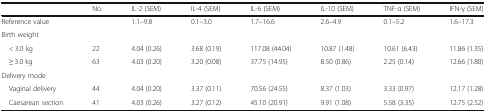
<table><thead><tr><td></td><td><b>No.</b></td><td><b>IL-2 (SEM)</b></td><td><b>IL-4 (SEM)</b></td><td><b>IL-6 (SEM)</b></td><td><b>IL-10 (SEM)</b></td><td><b>TNF-α (SEM)</b></td><td><b>IFN-γ (SEM)</b></td></tr></thead><tbody><tr><td>Reference value</td><td></td><td>1.1–9.8</td><td>0.1–3.0</td><td>1.7–16.6</td><td>2.6–4.9</td><td>0.1–5.2</td><td>1.6–17.3</td></tr><tr><td colspan="8">Birth weight</td></tr><tr><td> &lt; 3.0 kg</td><td>22</td><td>4.04 (0.26)</td><td>3.68 (0.19)</td><td>117.08 (44.04)</td><td>10.87 (1.48)</td><td>10.61 (6.43)</td><td>11.86 (1.35)</td></tr><tr><td> ≥ 3.0 kg</td><td>63</td><td>4.03 (0.20)</td><td>3.20 (0.08)</td><td>37.75 (14.95)</td><td>8.50 (0.86)</td><td>2.25 (0.14)</td><td>12.66 (1.80)</td></tr><tr><td colspan="8">Delivery mode</td></tr><tr><td> Vaginal delivery</td><td>44</td><td>4.04 (0.20)</td><td>3.37 (0.11)</td><td>70.56 (24.55)</td><td>8.37 (1.03)</td><td>3.33 (0.97)</td><td>12.17 (1.28)</td></tr><tr><td> Caesarean section</td><td>41</td><td>4.03 (0.26)</td><td>3.27 (0.12)</td><td>45.10 (20.91)</td><td>9.91 (1.08)</td><td>5.58 (3.35)</td><td>12.75 (2.52)</td></tr></tbody></table>